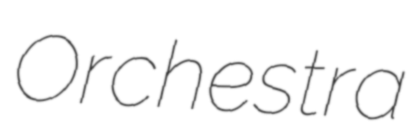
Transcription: Orchestra